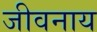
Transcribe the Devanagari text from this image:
जीवनाय